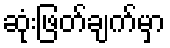
ဆုံးဖြတ်ချက်မှာ